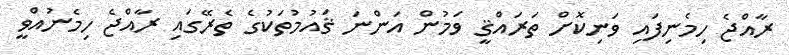
ރާއްޖެ ހިމެނިފައި ވަނިކޮށް ތަރައްޤީ ވަމުން އަންނަ ޤައުމުތަކުގެ ތެރޭގައި ރާއްޖެ ހިމެނުއްވީ